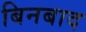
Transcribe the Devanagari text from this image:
बिनबाद